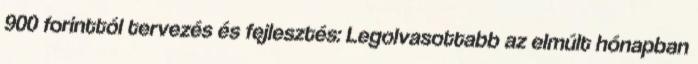
900 forinttól tervezés és fejlesztés: Legolvasottabb az elmúlt hónapban